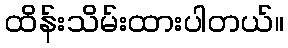
ထိန်းသိမ်းထားပါတယ်။